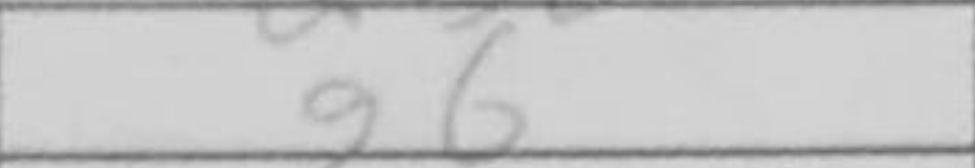
Transcription: g6